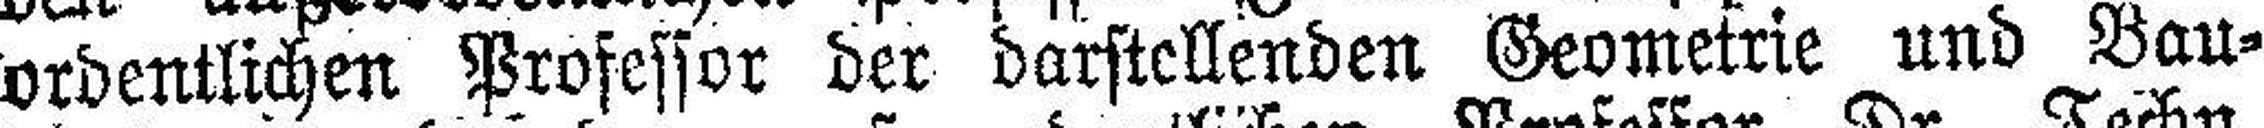
ordentlichen Professor der darstellenden Geometrie und Bau¬